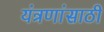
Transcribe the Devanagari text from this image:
यंत्रणांसाठी